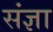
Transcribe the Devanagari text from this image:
संंज्ञा